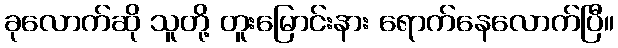
ခုလောက်ဆို သူတို့ တူးမြောင်းနား ရောက်နေလောက်ပြီ။